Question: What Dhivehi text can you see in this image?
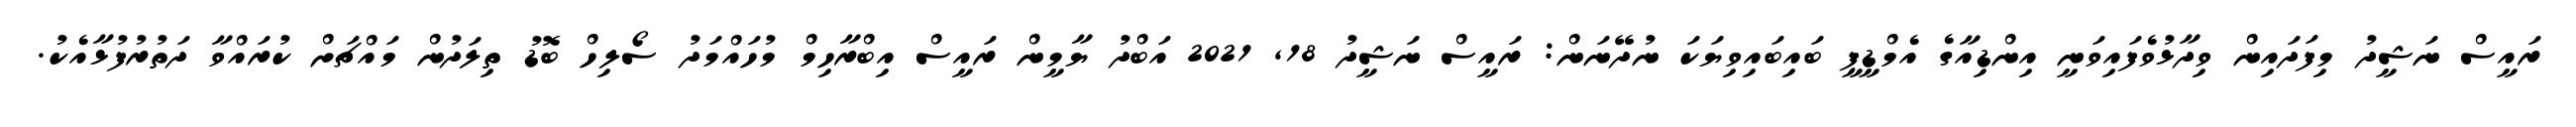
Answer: ރައީސް ނަޝީދު މިފަދައިން ވިދާޅުވެފައިވަނީ އިންޑިއާގެ އެމްޑީޕީ ބައިބައިވިޔަކަ ނުދޭނަން: ރައީސް ނަޝީދު 18, 2021 އަބްދު ޔާމީން ރައީސް އިބްރާހިމް މުހައްމަދު ސޯލިހް ބޮޑު ތިލަދުން މައްޗަށް ކުރައްވާ ދަތުރުފުޅާއެކު.